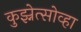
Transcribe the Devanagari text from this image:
कुझ्नेत्सोव्हा